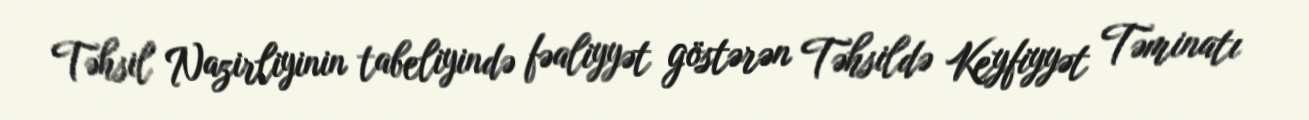
Təhsil Nazirliyinin tabeliyində fəaliyyət göstərən Təhsildə Keyfiyyət Təminatı